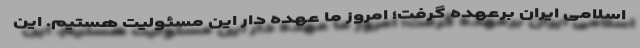
اسلامی ایران برعهده گرفت؛ امروز ما عهده دار این مسئولیت هستیم. این